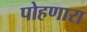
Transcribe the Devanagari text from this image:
पोहणारा